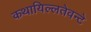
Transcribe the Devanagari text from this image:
कथायिल्‍लतेवन्‍टे